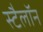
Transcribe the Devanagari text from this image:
स्टैलॉन